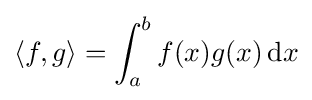
\langle f,g\rangle =\int _{a}^{b}f(x)g(x)\,\mathrm {d} x